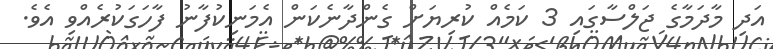
އަދި މާދަމާގެ ޖަލްސާގައި 3 ކަމެއް ކުރިޔަށް ގެންދާނެކަން އެމަނިކުފާނު ފާހަގަކުރެއްވި އެވެ.